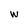
Character: W